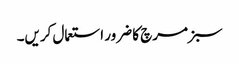
سبز مرچ کا ضرور استعمال کریں۔